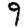
Digit: 9